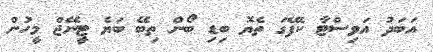
އަބަދު އަވިސްޓާ ކެފޭގަ ތެޔޮ ބިޑި ބޯން ތިބޭ ބަޔެ ޓީނޭޖް މީހުން